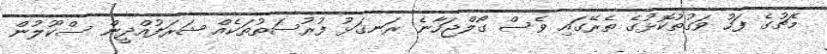
މެޗުގެ ފަހު ވަގުތުކޮޅުގެ ތެރޭގައި ވެސް ގޯލްޖަހާނެ ރަނގަޅު ފުރުސަތުތަކެއް ޝަރަފުއްދީން ސްކޫލުން